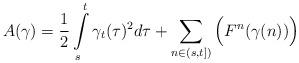
LaTeX: \begin{align*} &A(\gamma)=\frac{1}{2} \int\limits_{s}^{t}{\gamma_t(\tau)^2 d \tau} + \sum_{n \in (s,t])} {\Big(F^n(\gamma(n))\Big)}\end{align*}